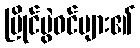
ပြိုင်ပွဲဝင်များ၏